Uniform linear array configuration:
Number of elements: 24
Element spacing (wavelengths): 0.75
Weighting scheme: hann
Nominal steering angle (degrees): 45
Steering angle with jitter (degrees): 43.96
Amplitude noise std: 0.05
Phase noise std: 0.05

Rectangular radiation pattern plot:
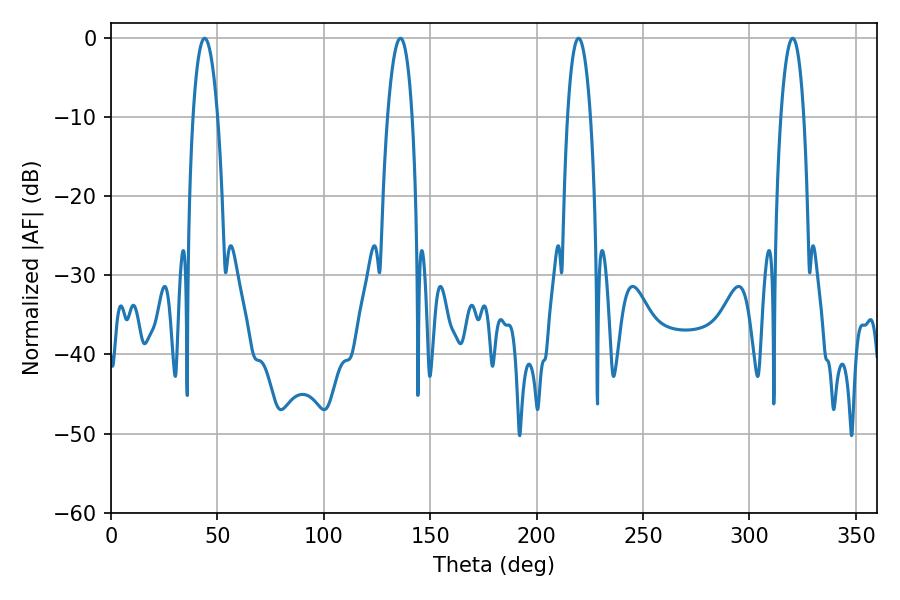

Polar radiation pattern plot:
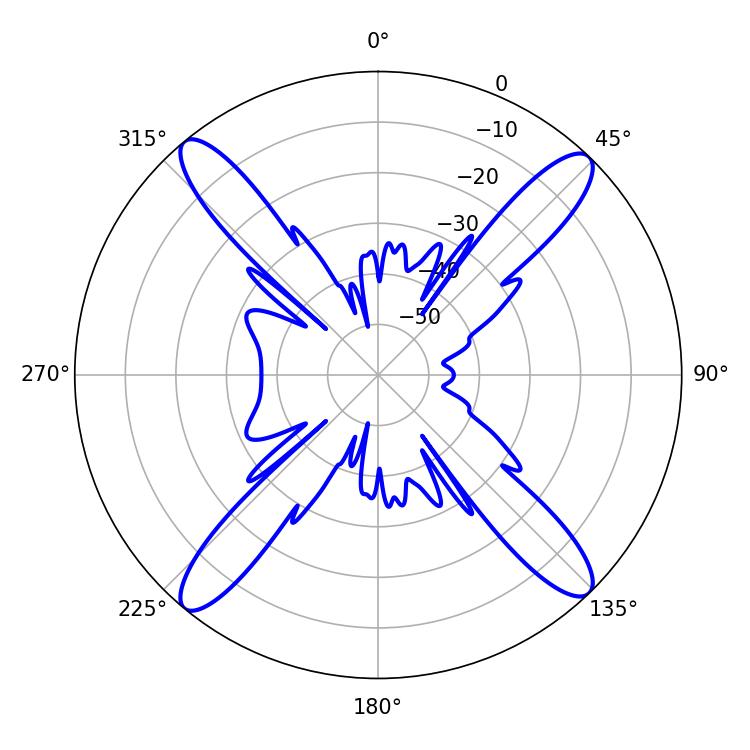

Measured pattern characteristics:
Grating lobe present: TRUE
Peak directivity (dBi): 19.24
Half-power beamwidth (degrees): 6.48
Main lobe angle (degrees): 43.92